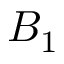
B _ { 1 }